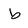
Character: b